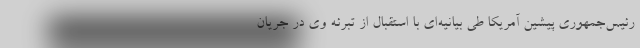
رئیس‌جمهوری پیشین آمریکا طی بیانیه‌ای با استقبال از تبرئه وی در جریان